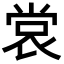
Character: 𫵅